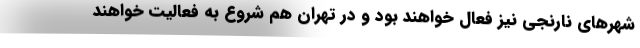
شهرهای نارنجی نیز فعال خواهند بود و در تهران هم شروع به فعالیت خواهند